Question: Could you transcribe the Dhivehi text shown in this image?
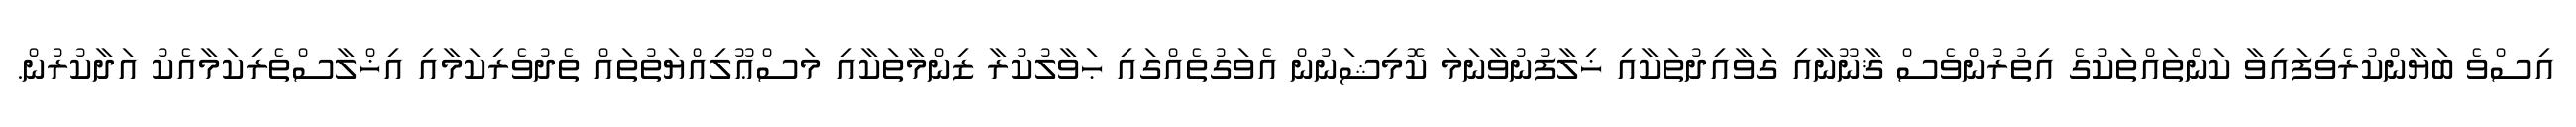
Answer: އިސްވެ ބަޔާންކުރެވިފައިވާ ކަންތައްތަކުގެ އިތުރުންވެސް ޤާނޫނާއި ގަވާއިދުތަކާއި ޚިލާފުނުވާނަމަ ކޮމިޝަނުން އެވަގުތެއްގައި ޙަވާލުކުރާ ޒިންމާތަކާއި މަސްޢޫލިއްޔަތުތައް ތެދުވެރިކަމާއި އިޚްލާސްތެރިކަމާއެކު އަދާކުރުން.